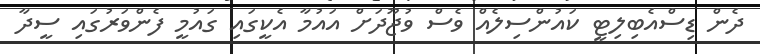
ދެން ޑިސްއެބިލިޓީ ކައުންސިލެއް ވެސް ވުޖޫދަށް އައުމާ އެކީގައި ގައުމީ ފެންވަރުގައި ސީދާ